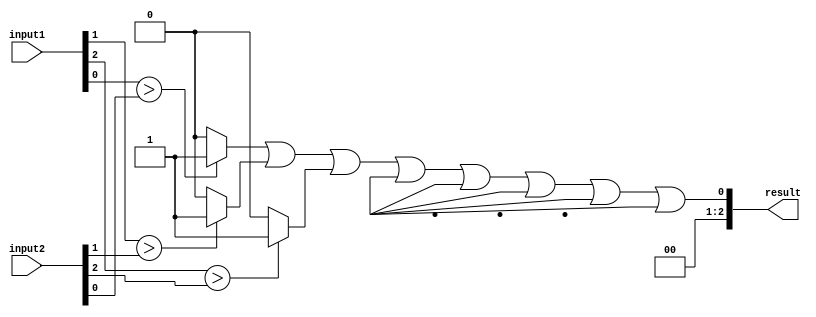
module comparator(
    input [7:0] input1,
    input [7:0] input2,
    output [2:0] result
);

reg [2:0] output_logic_blocks;

// Combinational logic blocks for comparing bit by bit
genvar i;
generate
    for (i = 0; i < 8; i = i + 1) begin
        assign output_logic_blocks[i] = (input1[i] > input2[i]) ? 3'b001 :
                                         (input1[i] < input2[i]) ? 3'b010 : 3'b100;
    end
endgenerate

// Combining output of logic blocks to produce final result
assign result = output_logic_blocks[0] | output_logic_blocks[1] | output_logic_blocks[2] |
                output_logic_blocks[3] | output_logic_blocks[4] | output_logic_blocks[5] |
                output_logic_blocks[6] | output_logic_blocks[7];
                
endmodule